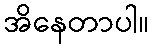
အိနေတာပါ။